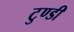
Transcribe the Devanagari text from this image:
टुण्डी